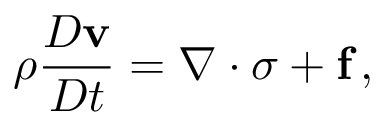
\rho { \frac { D \mathbf { v } } { D t } } = { \boldsymbol { \nabla } } \cdot { \boldsymbol { \sigma } } + \mathbf { f } \, ,